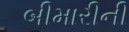
બીમારીની